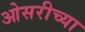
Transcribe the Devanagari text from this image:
ओसरीच्या